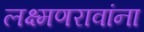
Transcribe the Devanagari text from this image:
लक्ष्मणरावांना